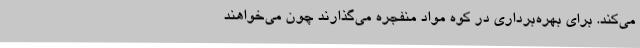
می‌کند. برای بهره‌برداری در کوه مواد منفجره می‌گذارند چون می‌خواهند